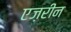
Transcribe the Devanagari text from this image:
एज़रीन